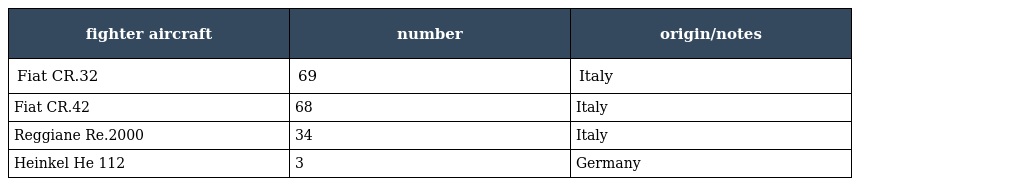
| fighter aircraft | number | origin/notes |
 | --- | --- | --- |
 | Fiat CR.32 | 69 | Italy |
 | Fiat CR.42 | 68 | Italy |
 | Reggiane Re.2000 | 34 | Italy |
 | Heinkel He 112 | 3 | Germany |